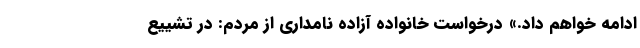
ادامه خواهم داد.» درخواست خانواده آزاده نامداری از مردم: در تشییع